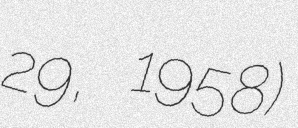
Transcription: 29, 1958)